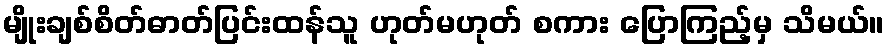
မျိုးချစ်စိတ်ဓာတ်ပြင်းထန်သူ ဟုတ်မဟုတ် စကား ပြောကြည့်မှ သိမယ်။